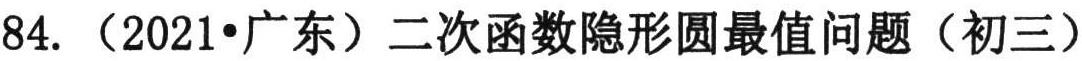
84. （2021•广东）二次函数隐形圆最值问题（初三）